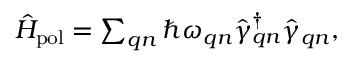
\begin{array} { r } { \hat { H } _ { \mathrm { p o l } } = \sum _ { \boldsymbol { q } n } \hbar \omega _ { \boldsymbol { q } n } \hat { \gamma } _ { \boldsymbol { q } n } ^ { \dagger } \hat { \gamma } _ { \boldsymbol { q } n } , } \end{array}